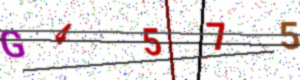
Text: G4575